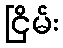
ငြိမ်း